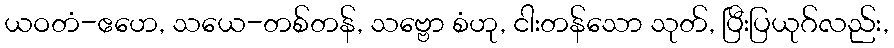
ယဝတံ-ဧဟေ, သယေ-တစ်တန်, သဗ္ဗော စံဟု, ငါးတန်သော သုတ်, ပြီးပြယုဂ်လည်း,